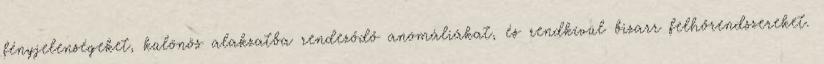
fényjelenségeket, különös alakzatba rendeződő anomáliákat, és rendkívül bizarr felhőrendszereket.